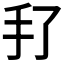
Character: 𰒻